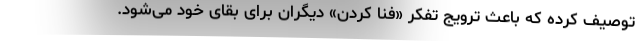
توصیف کرده که باعث ترویج تفکر «فنا کردن» دیگران برای بقای خود می‌شود.